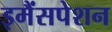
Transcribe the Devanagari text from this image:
इमैंसपेशन